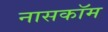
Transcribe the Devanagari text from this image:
नासकॉम